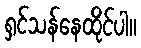
ရှင်သန်နေထိုင်ပါ။